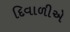
દિવાળીએ